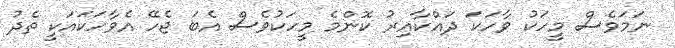
ނަމަވެސް މީހަކު ވާހަކަ ދައްކާއިރު ކޮންމެ މީހަކުވެސް އެބަ ޖެހޭ އެވާހަކައަކީ ތެދު